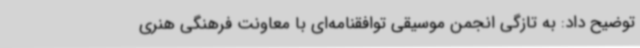
توضیح داد: به تازگی انجمن موسیقی توافقنامه‌ای با معاونت فرهنگی هنری